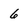
Character: 6